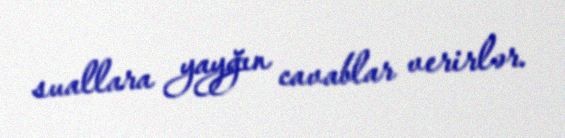
suallara yayğın cavablar verirlər.